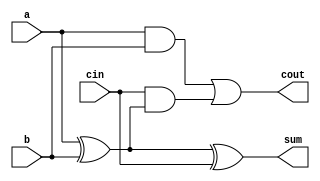
`timescale 1ns / 1ps
//////////////////////////////////////////////////////////////////////////////////
// Company: 
// Engineer: 
// 
// Design Name: 
// Module Name: Full_Adder
// Project Name: 
// Target Devices: 
// Tool Versions: 
// Description: 
// 
// Dependencies: 
// 
// Revision:
// Revision 0.01 - File Created
// Additional Comments:
// 
//////////////////////////////////////////////////////////////////////////////////


module Full_Adder_Data(
 input a,
 input b,
 input cin,
 output sum,
 output cout
 );
 assign sum = a^b^cin;
 assign cout = (a&b)| (cin&(a^b));
endmodule